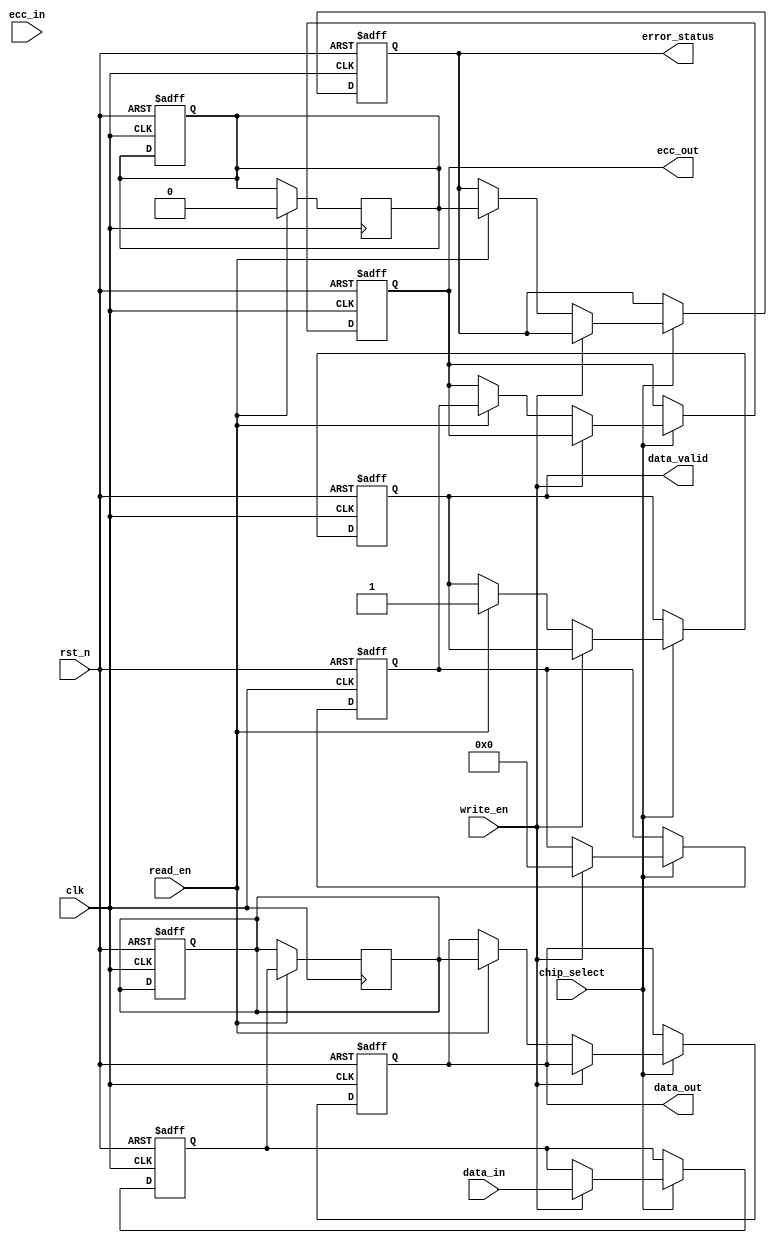
module ecc_dram_io_block (
    input wire clk,                  // Clock signal
    input wire rst_n,                // Active low reset
    input wire [63:0] data_in,       // Data input from memory controller
    input wire [7:0] ecc_in,         // ECC input from memory controller
    input wire read_en,              // Read enable signal
    input wire write_en,             // Write enable signal
    input wire chip_select,           // Chip select signal
    output reg [63:0] data_out,      // Data output to memory controller
    output reg [7:0] ecc_out,        // ECC output to memory controller
    output reg data_valid,           // Data valid signal
    output reg error_status          // Error status signal
);

    reg [63:0] data_buffer;          // Buffer for incoming data
    reg [7:0] ecc_buffer;            // Buffer for incoming ECC
    reg [63:0] corrected_data;       // Buffer for corrected data
    reg error_detected;              // Flag for error detection

    // ECC Encoding Logic
    function [7:0] ecc_encode(input [63:0] data);
        // Implement Hamming or similar ECC encoding here
        // Placeholder for ECC encoding logic
        ecc_encode = 8'b0; // Replace with actual encoding
    endfunction

    // ECC Decoding Logic
    function [63:0] ecc_decode(input [63:0] data, input [7:0] ecc);
        // Implement Hamming or similar ECC decoding and correction here
        // Placeholder for ECC decoding logic
        ecc_decode = data; // Replace with actual decoding and correction
    endfunction

    // Main I/O Block Logic
    always @(posedge clk or negedge rst_n) begin
        if (!rst_n) begin
            data_out <= 64'b0;
            ecc_out <= 8'b0;
            data_valid <= 1'b0;
            error_status <= 1'b0;
            data_buffer <= 64'b0;
            ecc_buffer <= 8'b0;
            corrected_data <= 64'b0;
            error_detected <= 1'b0;
        end else if (chip_select) begin
            if (write_en) begin
                // Write Operation
                data_buffer <= data_in;
                ecc_buffer <= ecc_encode(data_in);
                // Simulate writing to memory (not implemented)
            end else if (read_en) begin
                // Read Operation
                // Simulate reading from memory (not implemented)
                data_out <= corrected_data; // Output corrected data
                ecc_out <= ecc_buffer;       // Output ECC
                data_valid <= 1'b1;          // Data is valid
                error_status <= error_detected; // Set error status
            end
        end
    end

    // Error Detection and Correction Logic
    always @(posedge clk) begin
        if (read_en) begin
            // Simulate reading data and ECC from memory
            corrected_data <= ecc_decode(data_buffer, ecc_buffer);
            // Check for errors (placeholder logic)
            error_detected <= 1'b0; // Replace with actual error detection logic
        end
    end

endmodule